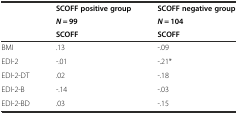
<table><thead><tr><td rowspan="3"></td><td><b>SCOFF positive group</b></td><td><b>SCOFF negative group</b></td></tr><tr><td><b><i>N</i> = 99</b></td><td><b><i>N</i> = 104</b></td></tr><tr><td><b>SCOFF</b></td><td><b>SCOFF</b></td></tr></thead><tbody><tr><td>BMI</td><td>.13</td><td>-.09</td></tr><tr><td>EDI-2</td><td>-.01</td><td>-.21*</td></tr><tr><td>EDI-2-DT</td><td>.02</td><td>-.18</td></tr><tr><td>EDI-2-B</td><td>-.14</td><td>-.03</td></tr><tr><td>EDI-2-BD</td><td>.03</td><td>-.15</td></tr></tbody></table>